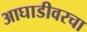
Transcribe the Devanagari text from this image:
आघाडीवरचा